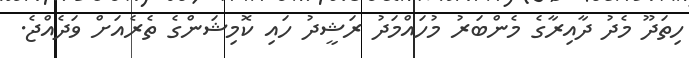
ހިތަދޫ މެދު ދާއިރާގެ މެންބަރު މުހައްމަދު ރަޝީދު ހައި ކޮމިޝަންގެ ތެރެއަށް ވަދެއްޖެ.